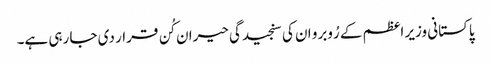
پاکستانی وزیر اعظم کے رُوبرو ان کی سنجیدگی حیران کُن قرار دی جا رہی ہے۔